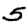
Digit: 5